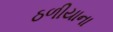
ઠળીયાના